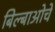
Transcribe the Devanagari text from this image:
बिल्बाओचे